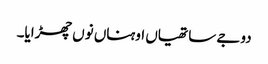
دوجے ساتھیاں اوہناں نوں چھڑایا۔